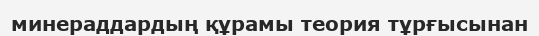
минераддардың құрамы теория тұрғысынан